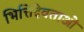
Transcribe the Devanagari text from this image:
भित्तिदेवताओं